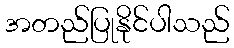
အတည်ပြုနိုင်ပါသည်